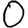
Digit: 0